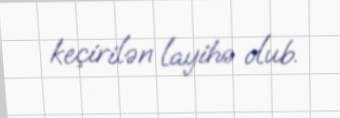
keçirilən layihə olub.